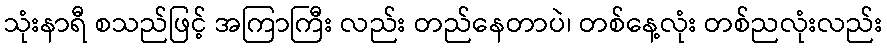
သုံးနာရီ စသည်ဖြင့် အကြာကြီး လည်း တည်နေတာပဲ၊ တစ်နေ့လုံး တစ်ညလုံးလည်း